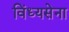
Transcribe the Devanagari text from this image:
विंध्यसेना